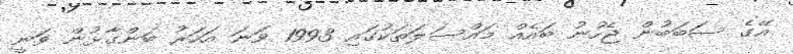
އޭގެ ސަބަބުން ޖެހުނު ބައެއް މައްސަލަތަކުގައި 1993 ވަނަ އަހަރު ބަންގާޅުން ވަނީ